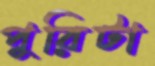
পুরিটা